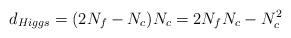
LaTeX: \begin{align*}d_{Higgs}= (2N_f - N_c) N_c= 2 N_f N_c -N_c^2\end{align*}